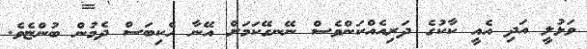
ވަޅުލީ އަދި އެއީ ކާކުގެ ދަރިއެއްކަންވެސް ނޭނގޭކަމަށް އޭނާ ހެކިބަސް ދެމުން ބުންޏެވެ.